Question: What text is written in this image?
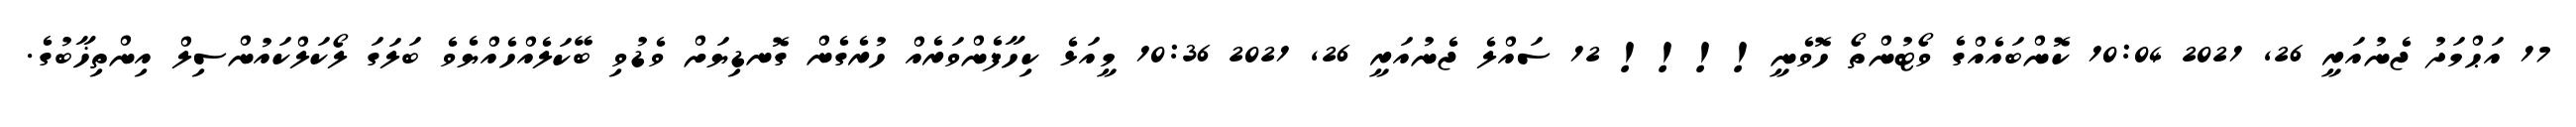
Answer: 17 އަޙްމަދު ޖެނުއަރީ 26, 2021 10:04 ކޮންބައެއްގެ ވޯޓުންތޯ ހޮވެނީ!!!! 12 ސައްލެ ޖެނުއަރީ 26, 2021 10:36 މީއަޅެ ކިހާފެންވަރެއް ހުރެގެން ގޮނޑިޔަށް ވެޑުވި ބޭކަލެއްހެއްޔެވެ ބަލަގަ ލޯކަލްކައުންސިލް އިންތިޚާބުގެ.